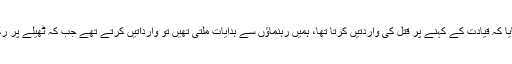
یوسف عرف ٹھیلے والا نے بتایا کہ قیادت کے کہنے پر قتل کی واردتیں کرتا تھا، ہمیں رہنماؤں سے ہدایات ملتی تھیں تو وارداتیں کرتے تھے جب کہ ٹھیلے پر رکھ کر لاشیں ٹھکانے لگاتا تھا۔